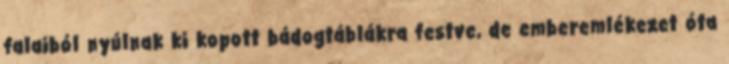
falaiból nyúlnak ki kopott bádogtáblákra festve, de emberemlékezet óta